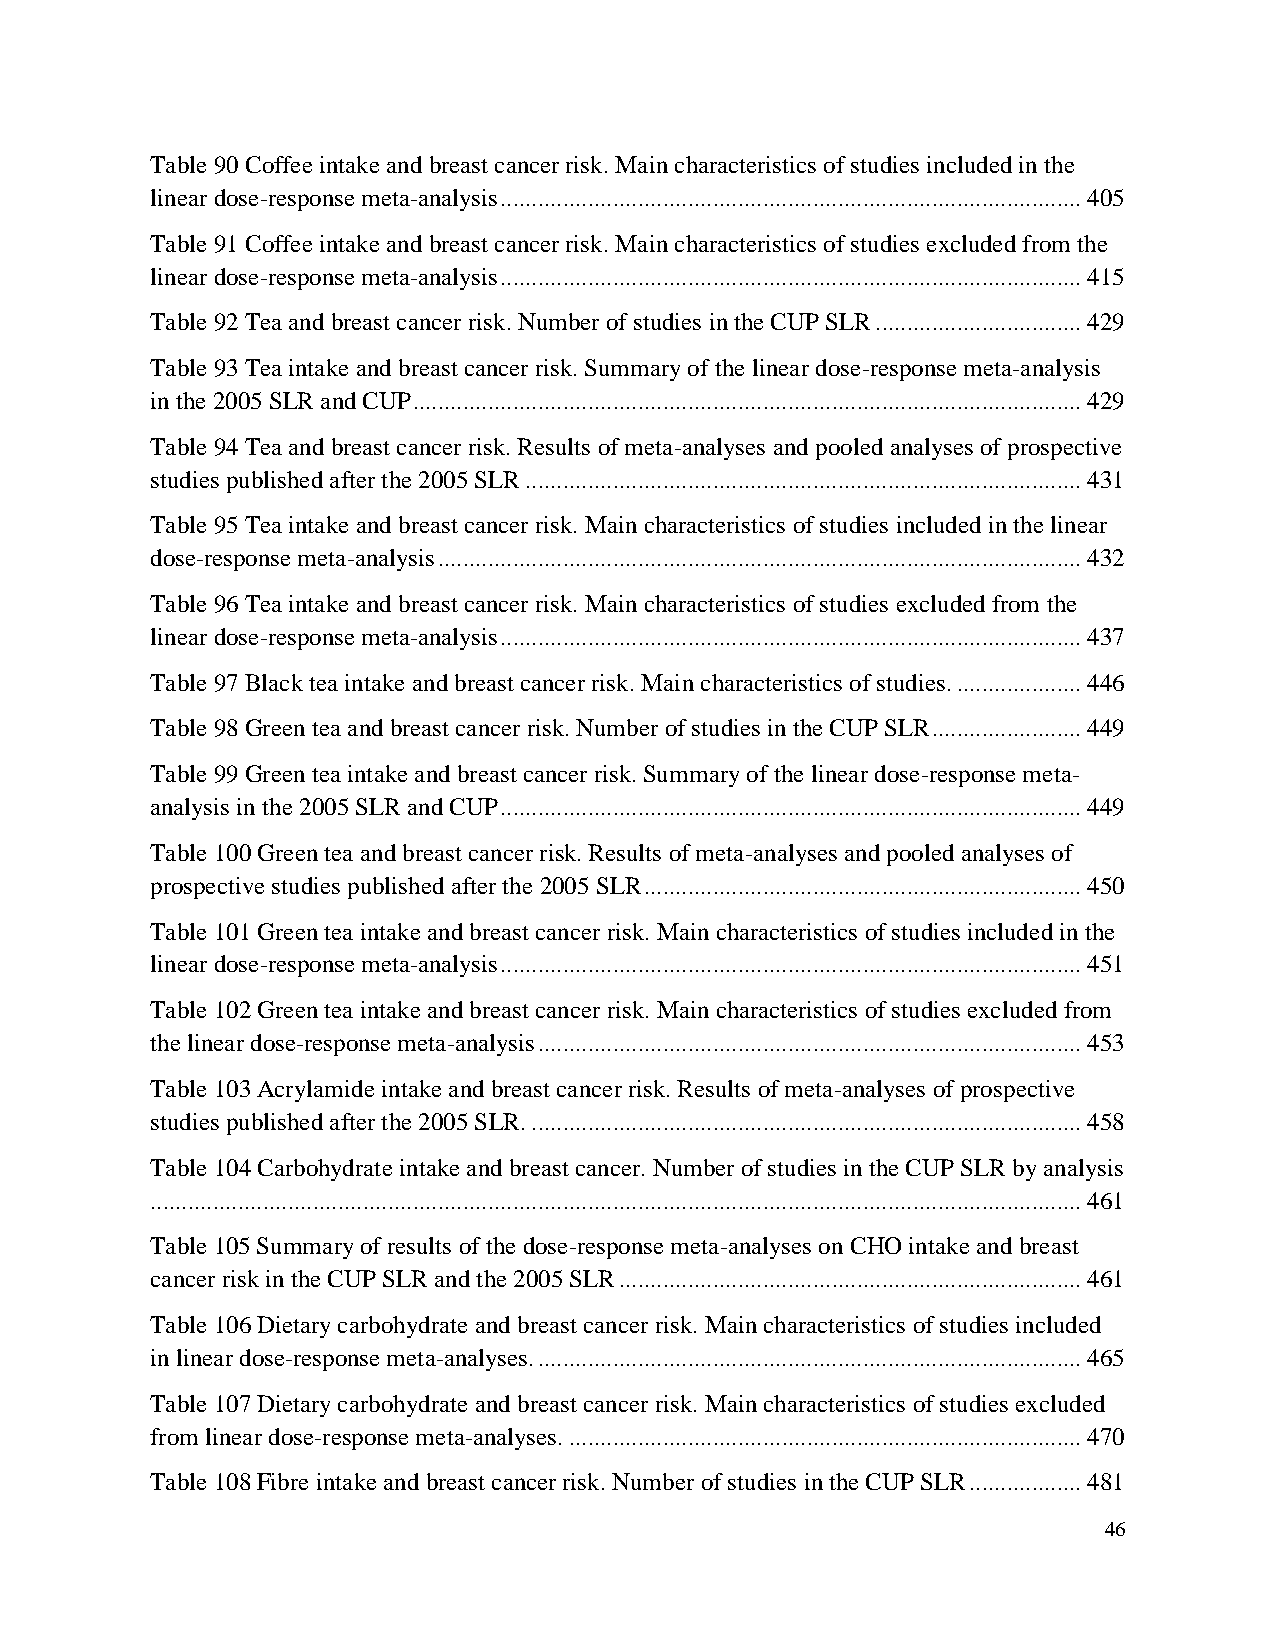
Table 90 Coffee intake and breast cancer risk. Main characteristics of studies included in the
 linear dose-response meta-analysis ............................................................................................. 405
 Table 91 Coffee intake and breast cancer risk. Main characteristics of studies excluded from the
 linear dose-response meta-analysis ............................................................................................. 415
 Table 92 Tea and breast cancer risk. Number of studies in the CUP SLR ................................. 429
 Table 93 Tea intake and breast cancer risk. Summary of the linear dose-response meta-analysis
 in the 2005 SLR and CUP ........................................................................................................... 429
 Table 94 Tea and breast cancer risk. Results of meta-analyses and pooled analyses of prospective
 studies published after the 2005 SLR ......................................................................................... 431
 Table 95 Tea intake and breast cancer risk. Main characteristics of studies included in the linear
 dose-response meta-analysis ....................................................................................................... 432
 Table 96 Tea intake and breast cancer risk. Main characteristics of studies excluded from the
 linear dose-response meta-analysis ............................................................................................. 437
 Table 97 Black tea intake and breast cancer risk. Main characteristics of studies. .................... 446
 Table 98 Green tea and breast cancer risk. Number of studies in the CUP SLR ........................ 449
 Table 99 Green tea intake and breast cancer risk. Summary of the linear dose-response meta-
 analysis in the 2005 SLR and CUP ............................................................................................. 449
 Table 100 Green tea and breast cancer risk. Results of meta-analyses and pooled analyses of
 prospective studies published after the 2005 SLR ...................................................................... 450
 Table 101 Green tea intake and breast cancer risk. Main characteristics of studies included in the
 linear dose-response meta-analysis ............................................................................................. 451
 Table 102 Green tea intake and breast cancer risk. Main characteristics of studies excluded from
 the linear dose-response meta-analysis ....................................................................................... 453
 Table 103 Acrylamide intake and breast cancer risk. Results of meta-analyses of prospective
 studies published after the 2005 SLR. ........................................................................................ 458
 Table 104 Carbohydrate intake and breast cancer. Number of studies in the CUP SLR by analysis
 ..................................................................................................................................................... 461
 Table 105 Summary of results of the dose-response meta-analyses on CHO intake and breast
 cancer risk in the CUP SLR and the 2005 SLR .......................................................................... 461
 Table 106 Dietary carbohydrate and breast cancer risk. Main characteristics of studies included
 in linear dose-response meta-analyses. ....................................................................................... 465
 Table 107 Dietary carbohydrate and breast cancer risk. Main characteristics of studies excluded
 from linear dose-response meta-analyses. .................................................................................. 470
 Table 108 Fibre intake and breast cancer risk. Number of studies in the CUP SLR .................. 481
 46